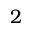
2